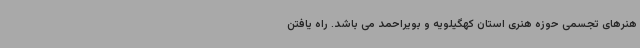
هنرهای تجسمی حوزه هنری استان کهگیلویه و بویراحمد می باشد. راه یافتن